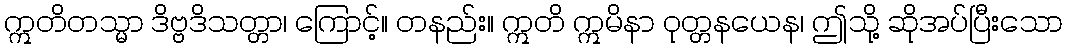
ဣတိတသ္မာ ဒိဗ္ဗဒိသတ္တာ၊ ကြောင့်။ တနည်း။ ဣတိ ဣမိနာ ဝုတ္တနယေန၊ ဤသို့ ဆိုအပ်ပြီးသော